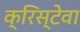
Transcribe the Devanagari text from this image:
क्रिस्टेवा